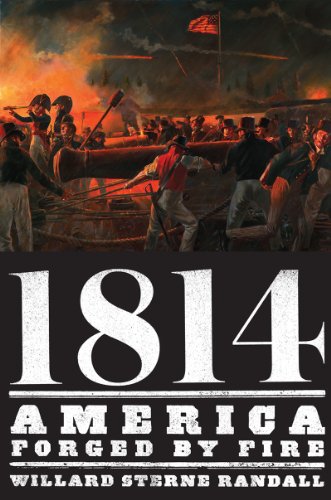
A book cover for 1814: America Forged by Fire; Willard Sterne Randall; History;